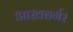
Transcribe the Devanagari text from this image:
आखबर्गर